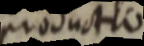
productio